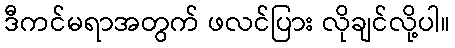
ဒီကင်မရာအတွက် ဖလင်ပြား လိုချင်လို့ပါ။